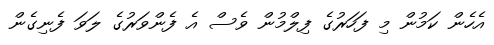
އެހެން ކަމުން މި ފަހަރުގެ ފިލްމުން ވެސް އެ ފެންވަރުގެ ލަވަ ފެނިގެން